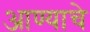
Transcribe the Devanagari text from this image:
आण्याचे